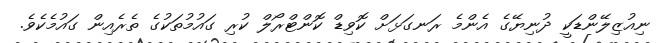
ނިއުޒިލޭންޑަކީ ދުނިޔޭގެ އެންމެ ރަނގަޅަށް ކޮވިޑް ކޮންޓްރޯލް ކުރި ގައުމުތަކުގެ ތެރެއިން ގައުމެކެވެ.